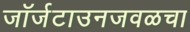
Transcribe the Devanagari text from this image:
जॉर्जटाउनजवळचा